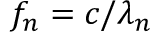
f _ { n } = c / \lambda _ { n }